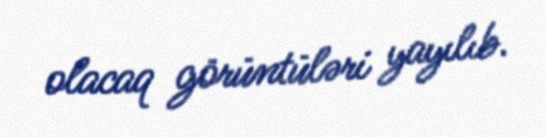
olacaq görüntüləri yayılıb.